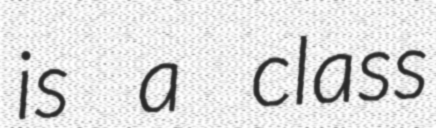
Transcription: is a class